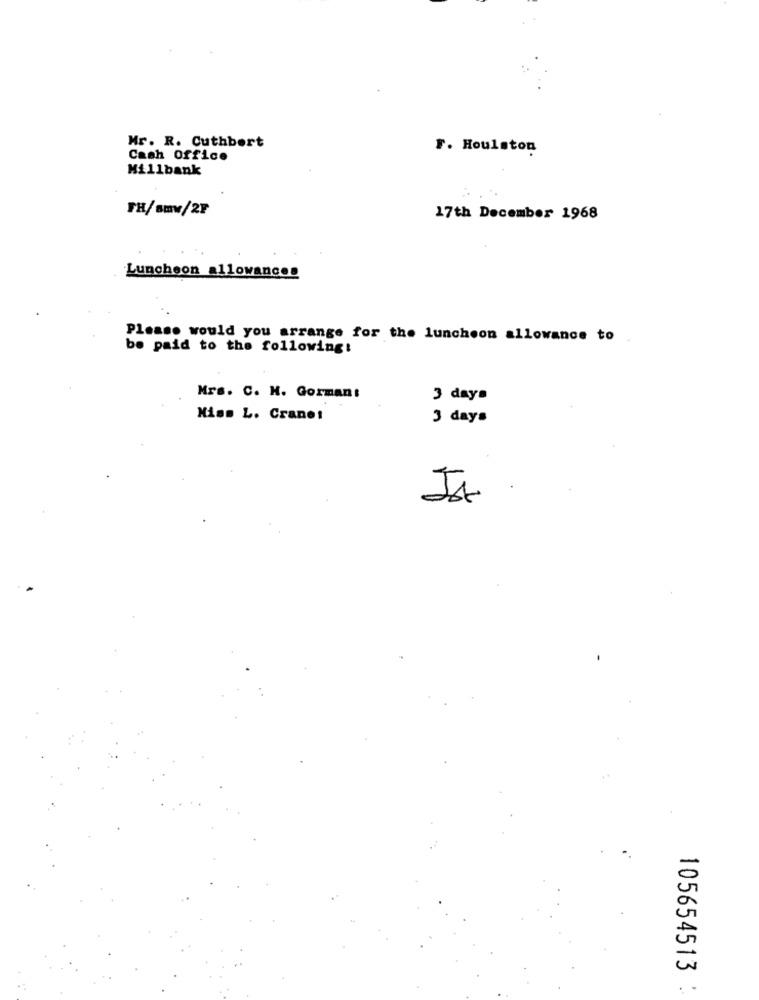
Mr. R. Cuthbert
F. Houlston
Cash Office
Millbank
FH/smw/2F
17th December 1968
Luncheon allowances
Please would you arrange for the luncheon allowance to
be paid to the following:
Mrs. C. H. Gorman:
3 days
Miss L. Crane!
3 days
105654513
..